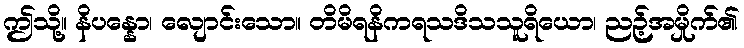
ဤသို့။ နိပန္နော၊ လျောင်းသော။ တိမိရနိကရသဒိသသူရိယော၊ ညဉ့်အမှိုက်၏